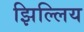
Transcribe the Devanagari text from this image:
झिल्लिय